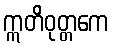
ဣတိဝုတ္တကေ